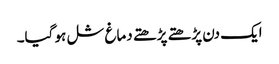
ایک دن پڑھتے پڑھتے دماغ شل ہو گیا۔